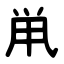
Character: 鼡